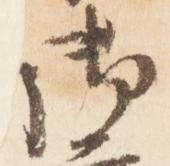
御